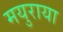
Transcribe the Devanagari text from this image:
मयुराया